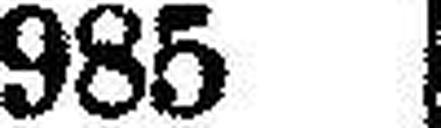
985